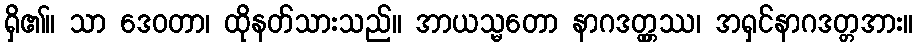
ရှိ၏။ သာ ဒေဝတာ၊ ထိုနတ်သားသည်။ အာယသ္မတော နာဂဒတ္တ္တဿ၊ အရှင်နာဂဒတ္တအား။